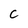
Character: c